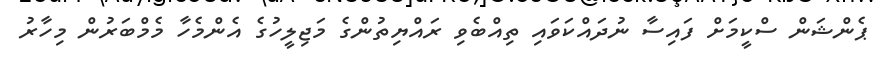
ޕެންޝަން ސްކީމަށް ފައިސާ ނުދައްކަވައި ތިއްބެވި ރައްޔިތުންގެ މަޖިލީހުގެ އެންމެހާ މެމްބަރުން މިހާރު